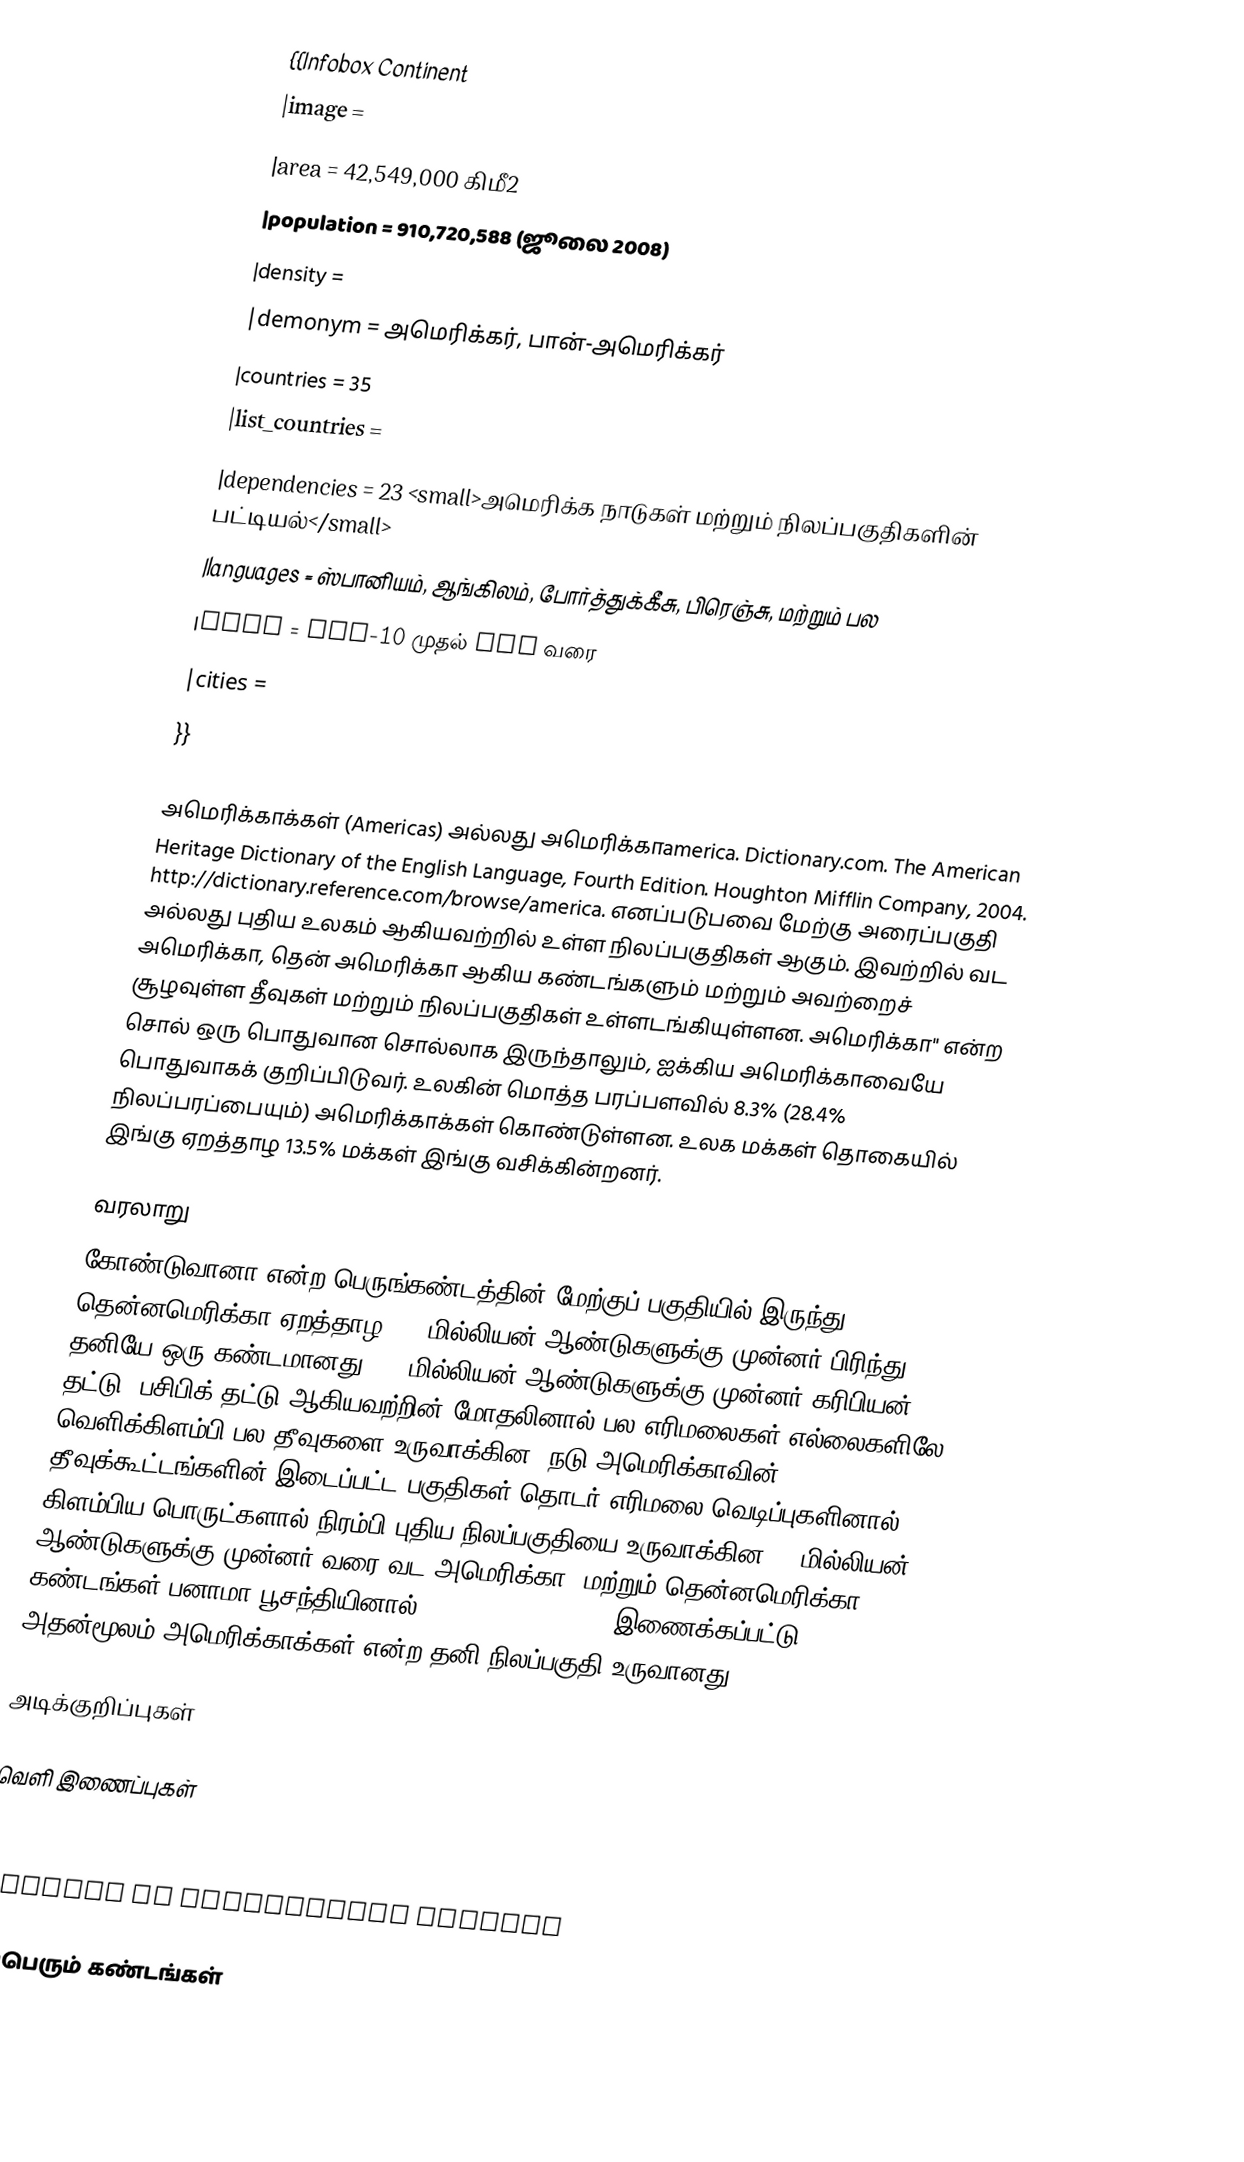
{{Infobox Continent
|image =
|area  = 42,549,000 கிமீ2
|population = 910,720,588 (ஜூலை 2008)
|density =
|demonym = அமெரிக்கர், பான்-அமெரிக்கர்
|countries = 35
|list_countries =
|dependencies = 23 <small>அமெரிக்க நாடுகள் மற்றும் நிலப்பகுதிகளின் பட்டியல்</small>
|languages = ஸ்பானியம், ஆங்கிலம், போர்த்துக்கீசு, பிரெஞ்சு, மற்றும் பல
|time  = UTC-10 முதல் UTC வரை
|cities  =
}}

அமெரிக்காக்கள் (Americas) அல்லது அமெரிக்காamerica. Dictionary.com. The American Heritage Dictionary of the English Language, Fourth Edition. Houghton Mifflin Company, 2004. http://dictionary.reference.com/browse/america. எனப்படுபவை மேற்கு அரைப்பகுதி அல்லது புதிய உலகம் ஆகியவற்றில் உள்ள நிலப்பகுதிகள் ஆகும். இவற்றில் வட அமெரிக்கா, தென் அமெரிக்கா ஆகிய கண்டங்களும் மற்றும் அவற்றைச் சூழவுள்ள தீவுகள் மற்றும் நிலப்பகுதிகள் உள்ளடங்கியுள்ளன. அமெரிக்கா'' என்ற சொல் ஒரு பொதுவான சொல்லாக இருந்தாலும், ஐக்கிய அமெரிக்காவையே பொதுவாகக் குறிப்பிடுவர். உலகின் மொத்த பரப்பளவில் 8.3% (28.4% நிலப்பரப்பையும்) அமெரிக்காக்கள் கொண்டுள்ளன. உலக மக்கள் தொகையில் இங்கு ஏறத்தாழ 13.5% மக்கள் இங்கு வசிக்கின்றனர்.

வரலாறு
கோண்டுவானா என்ற பெருங்கண்டத்தின் மேற்குப் பகுதியில் இருந்து தென்னமெரிக்கா ஏறத்தாழ 135 மில்லியன் ஆண்டுகளுக்கு முன்னர் பிரிந்து தனியே ஒரு கண்டமானது. 15 மில்லியன் ஆண்டுகளுக்கு முன்னர் கரிபியன் தட்டு, பசிபிக் தட்டு ஆகியவற்றின் மோதலினால் பல எரிமலைகள் எல்லைகளிலே வெளிக்கிளம்பி பல தீவுகளை உருவாக்கின. நடு அமெரிக்காவின் தீவுக்கூட்டங்களின் இடைப்பட்ட பகுதிகள் தொடர் எரிமலை வெடிப்புகளினால் கிளம்பிய பொருட்களால் நிரம்பி புதிய நிலப்பகுதியை உருவாக்கின. 3 மில்லியன் ஆண்டுகளுக்கு முன்னர் வரை வட அமெரிக்கா, மற்றும் தென்னமெரிக்கா கண்டங்கள் பனாமா பூசந்தியினால் (Isthmus of Panama) இணைக்கப்பட்டு, அதன்மூலம் அமெரிக்காக்கள் என்ற தனி நிலப்பகுதி உருவானது.

அடிக்குறிப்புகள்

வெளி இணைப்புகள்
 The naming of America: fragments we've shored against ourselves by Jonathan Cohen
 Organization of American States
 Council on Hemispheric Affairs

மீப்பெரும் கண்டங்கள்